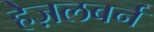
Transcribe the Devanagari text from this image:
हेज़लबर्न